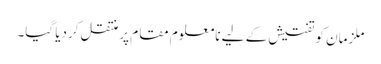
ملزمان کو تفتیش کے لیے نامعلوم مقام پر منتقل کردیا گیا۔